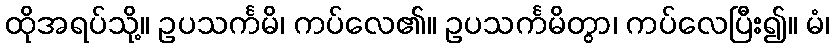
ထိုအရပ်သို့။ ဥပသင်္ကမိ၊ ကပ်လေ၏။ ဥပသင်္ကမိတွာ၊ ကပ်လေပြီး၍။ မံ၊